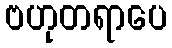
ဗဟုတရာပေ